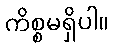
ကိစ္စမရှိပါ။